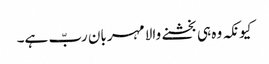
کیونکہ وہ ہی بخشنے والا مہربان ربّ ہے۔